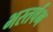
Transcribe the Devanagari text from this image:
भरतर्षभ